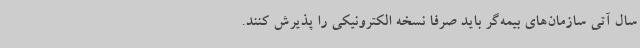
سال آتی سازمان‌های بیمه‌گر باید صرفاً نسخه الکترونیکی را پذیرش کنند.